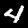
Digit: 4